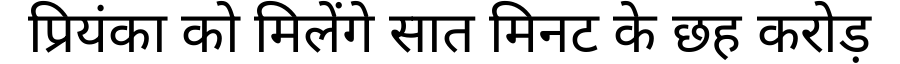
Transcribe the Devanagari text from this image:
प्रियंका को मिलेंगे सात मिनट के छह करोड़